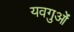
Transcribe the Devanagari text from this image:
यवगुओं